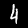
Digit: 4